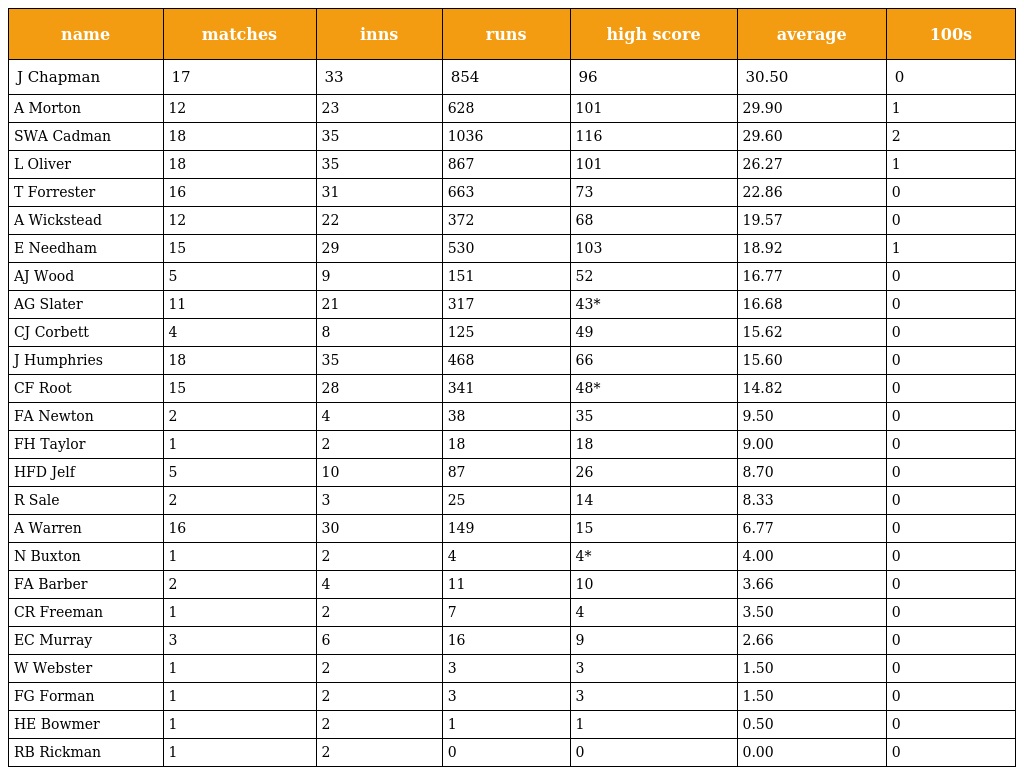
| name | matches | inns | runs | high score | average | 100s |
 | --- | --- | --- | --- | --- | --- | --- |
 | J Chapman | 17 | 33 | 854 | 96 | 30.50 | 0 |
 | A Morton | 12 | 23 | 628 | 101 | 29.90 | 1 |
 | SWA Cadman | 18 | 35 | 1036 | 116 | 29.60 | 2 |
 | L Oliver | 18 | 35 | 867 | 101 | 26.27 | 1 |
 | T Forrester | 16 | 31 | 663 | 73 | 22.86 | 0 |
 | A Wickstead | 12 | 22 | 372 | 68 | 19.57 | 0 |
 | E Needham | 15 | 29 | 530 | 103 | 18.92 | 1 |
 | AJ Wood | 5 | 9 | 151 | 52 | 16.77 | 0 |
 | AG Slater | 11 | 21 | 317 | 43* | 16.68 | 0 |
 | CJ Corbett | 4 | 8 | 125 | 49 | 15.62 | 0 |
 | J Humphries | 18 | 35 | 468 | 66 | 15.60 | 0 |
 | CF Root | 15 | 28 | 341 | 48* | 14.82 | 0 |
 | FA Newton | 2 | 4 | 38 | 35 | 9.50 | 0 |
 | FH Taylor | 1 | 2 | 18 | 18 | 9.00 | 0 |
 | HFD Jelf | 5 | 10 | 87 | 26 | 8.70 | 0 |
 | R Sale | 2 | 3 | 25 | 14 | 8.33 | 0 |
 | A Warren | 16 | 30 | 149 | 15 | 6.77 | 0 |
 | N Buxton | 1 | 2 | 4 | 4* | 4.00 | 0 |
 | FA Barber | 2 | 4 | 11 | 10 | 3.66 | 0 |
 | CR Freeman | 1 | 2 | 7 | 4 | 3.50 | 0 |
 | EC Murray | 3 | 6 | 16 | 9 | 2.66 | 0 |
 | W Webster | 1 | 2 | 3 | 3 | 1.50 | 0 |
 | FG Forman | 1 | 2 | 3 | 3 | 1.50 | 0 |
 | HE Bowmer | 1 | 2 | 1 | 1 | 0.50 | 0 |
 | RB Rickman | 1 | 2 | 0 | 0 | 0.00 | 0 |